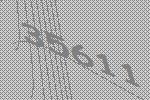
35611